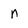
Character: n